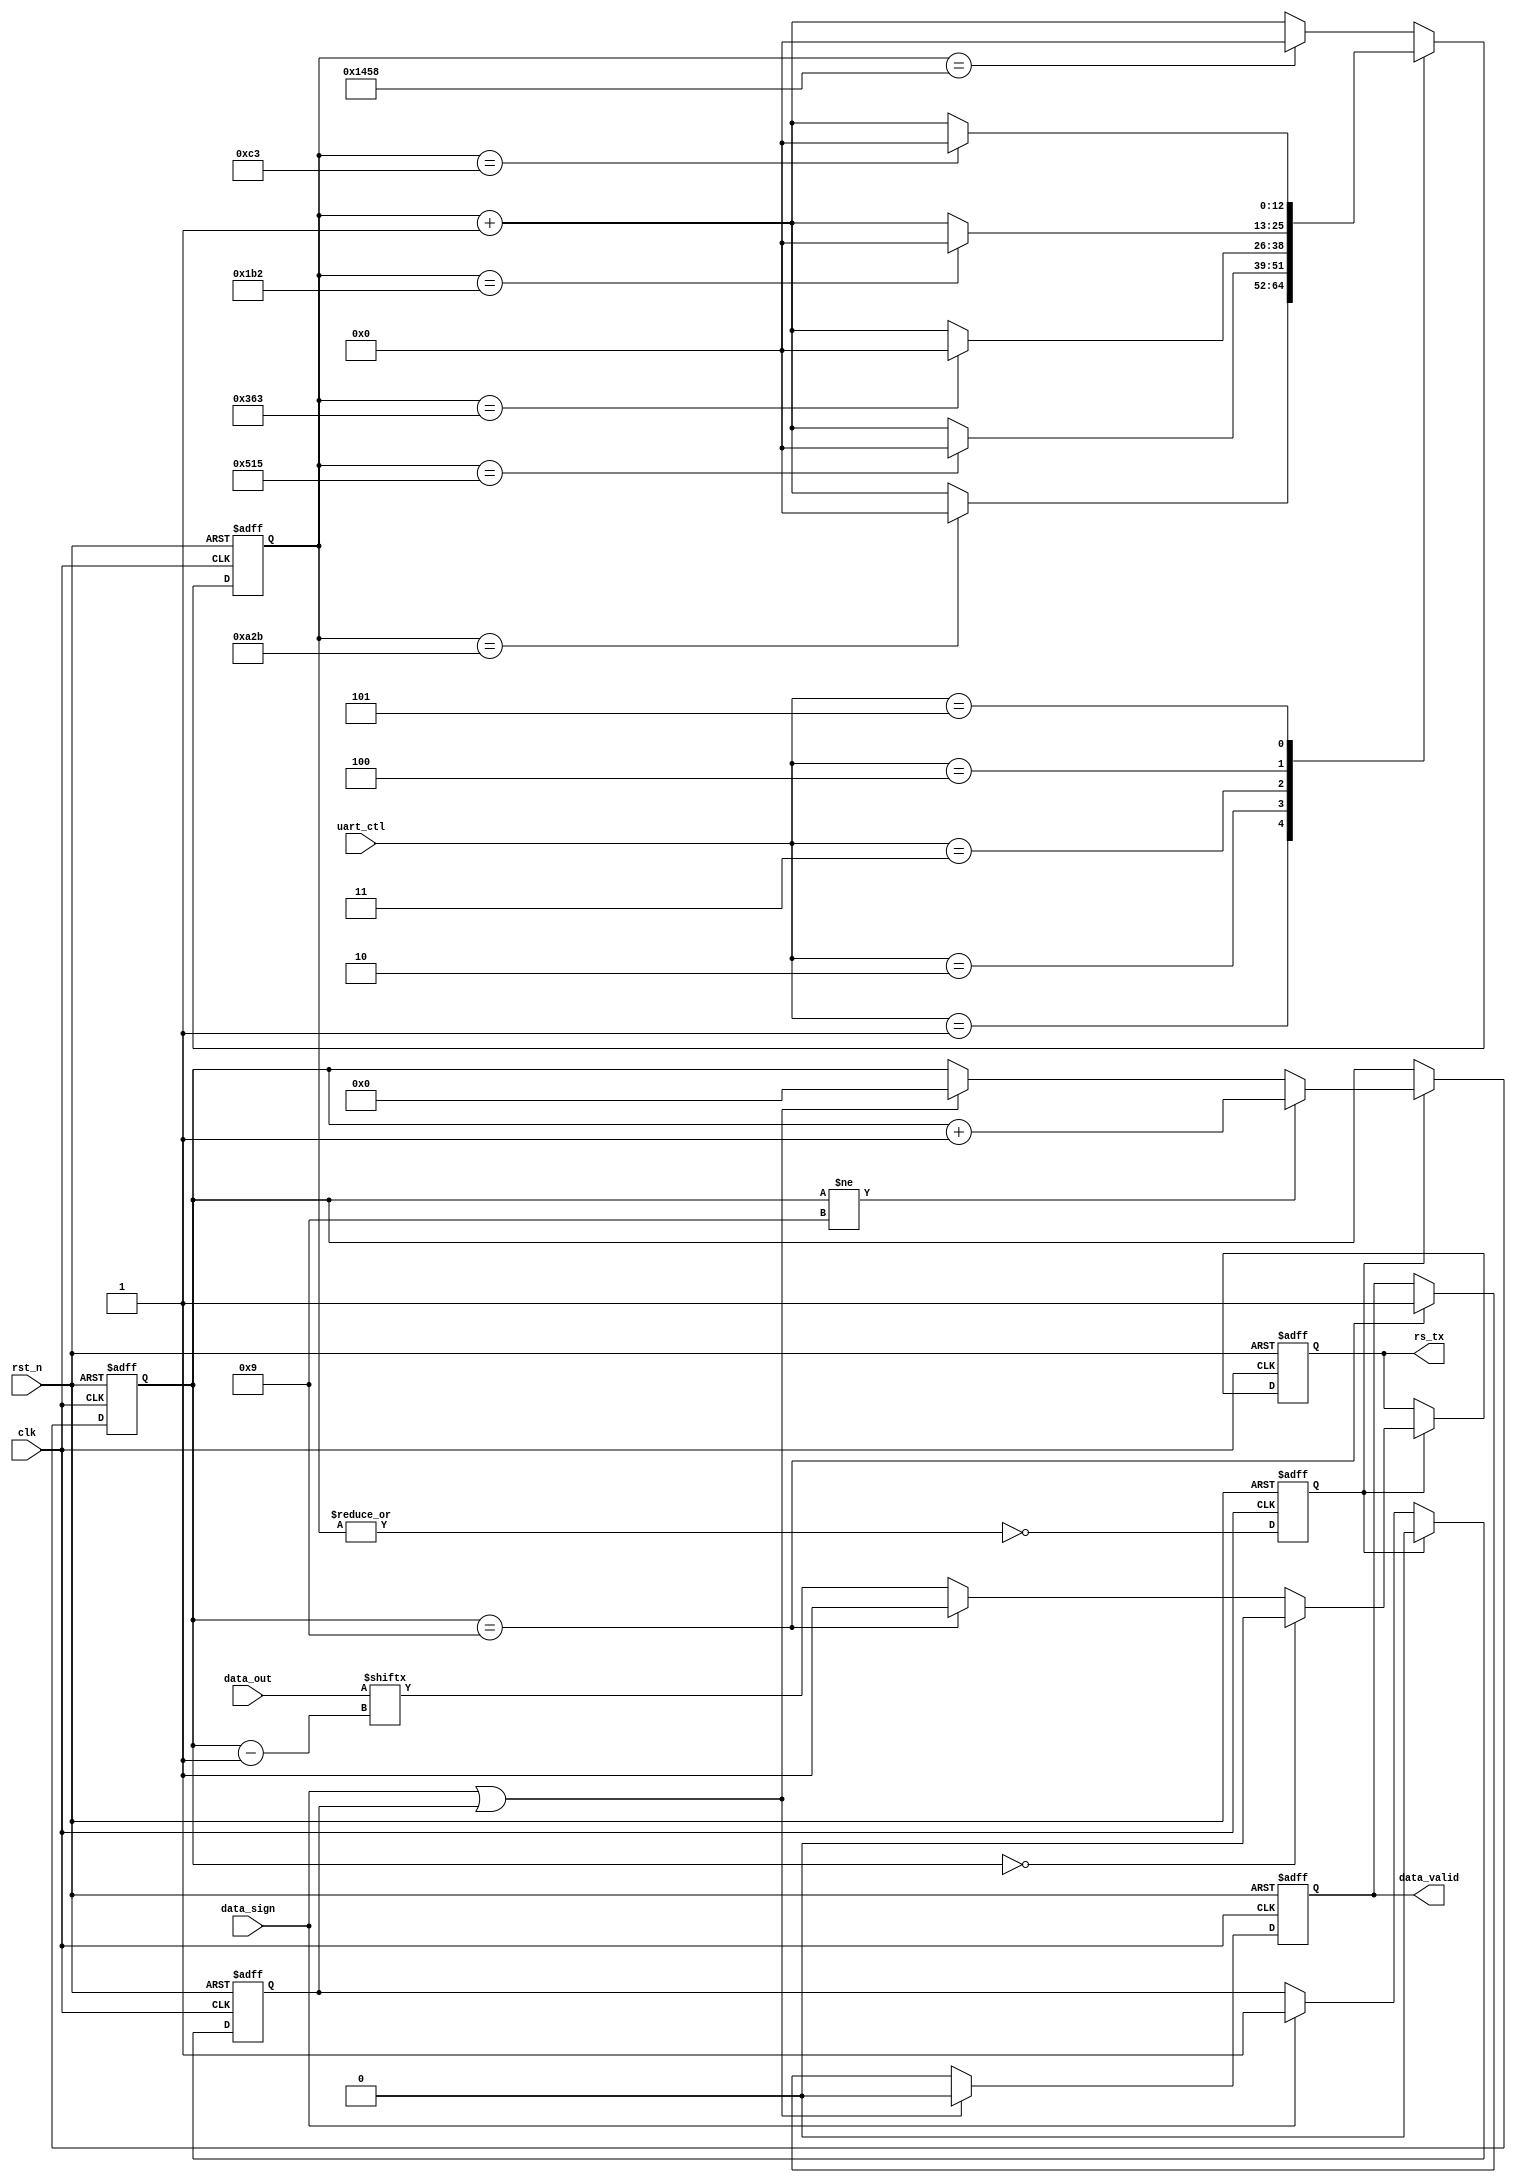
module my_uart_tx8to8(
	clk,
	rst_n,
	uart_ctl,
	data_out,
	data_sign,
	data_valid,
	
	rs_tx
	
    );
	
	
	input	clk;
	input	rst_n;
	input	[2:0]	uart_ctl;
	input	[7:0]	data_out;
	input	data_sign;
	output	data_valid;
	
	output	rs_tx;
	
	
	parameter 	bps9600 	= 13'd5208,	//baud is 9600bps
			 	bps19200 	= 13'd2603,	//baud is 19200bps
				bps38400 	= 13'd1301,	//baud is 38400bps
				bps57600 	= 13'd867,	//baud is 57600bps
				bps115200	= 13'd434,	//baud is 115200bps
				bps256000	= 13'd195;	//baud is 115200bps
	
	reg		[12:0]		cnt;
	reg					bps_sel;
	reg		[3:0]		tran_cnt;
	
	reg					rs_tx;
	
	reg					sign_delay;
	
	reg					data_valid;
	
	always@(posedge clk or negedge rst_n)begin
		if(!rst_n)begin
			bps_sel <= 1'b0;
			cnt <= 'h0;	
		end
		else begin	
			case(uart_ctl)
				3'h0:  cnt <= (cnt == bps9600) ? 'h0 : cnt + 1'b1;
				3'h1:  cnt <= (cnt == bps19200) ? 'h0 : cnt + 1'b1;
				3'h2:  cnt <= (cnt == bps38400) ? 'h0 : cnt + 1'b1;
				3'h3:  cnt <= (cnt == bps57600) ? 'h0 : cnt + 1'b1;
				3'h4:  cnt <= (cnt == bps115200) ? 'h0 : cnt + 1'b1;
				3'h5:  cnt <= (cnt == bps256000) ? 'h0 : cnt + 1'b1;
				default: cnt <= (cnt == bps9600) ? 'h0 : cnt + 1'b1;
			endcase
			bps_sel <= ~|cnt;
		end
	end
	
	
	always@(posedge clk or negedge rst_n)begin
		if(!rst_n)begin
			sign_delay <= 1'b0;
			data_valid <= 1'b0;
		end
		else begin
			if(bps_sel)	sign_delay <= 1'b0;
			else if(data_sign)	sign_delay <= 1'b1;
			if(data_sign | sign_delay)	data_valid <= 1'b0;
			else if(tran_cnt== 9)		data_valid <= 1'b1;
			
		end
	end
	
	always@(posedge clk or negedge rst_n)begin
		if(!rst_n)begin
			tran_cnt <= 'h9;
		end
		else if (bps_sel)begin	
			if(tran_cnt != 9)	tran_cnt <= tran_cnt + 1'b1;
			else if (data_sign|sign_delay)	tran_cnt <= 'h0;
			
		end
	end
	
	
	always@(posedge clk or negedge rst_n)begin
		if(!rst_n)begin
			rs_tx <= 1'b1;
		end
		else if (bps_sel) begin	
			if(tran_cnt == 0)		rs_tx <= 1'b0 ;
			else if(tran_cnt == 9)	rs_tx <= 1'b1;
			else					rs_tx <= data_out[tran_cnt - 1];
				
		end
	end


endmodule